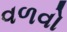
વળવો